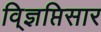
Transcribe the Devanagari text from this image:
वि्ज्ञप्तिसार